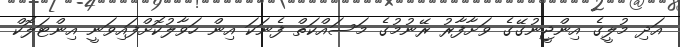
އަދި މުލީގެ އިންޖީނުގޭގެ ވަށާފާރު ރޭނުމުގެ މަސައްކަތް ފެނަކަ އިން ހަވާލުކޮށްފައިވަނީ އިންޓަލޮކް